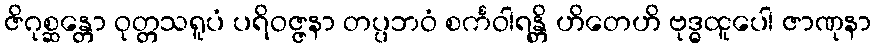
ဇိဂုစ္ဆန္တော ဝုတ္တသရူပံ ပရိဝဇ္ဇနာ တပ္ပဘဝံ စင်္ကဝါရန္တိ ဟိတေဟိ ဗုဒ္ဓထူပေါ ဇာဏုနာ